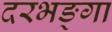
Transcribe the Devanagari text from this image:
दरभङ्गा